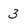
Character: 3